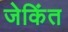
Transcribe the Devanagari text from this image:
जेकिंत